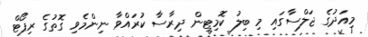
މިއަދުގެ ޖަލްސާގައި މި ބިލު ކޮމިޓީން ދިރާސާ ކުރައްވާ ނިންމެވި ގޮތުގެ ރިޕޯޓް